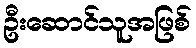
ဦးဆောင်သူအဖြစ်